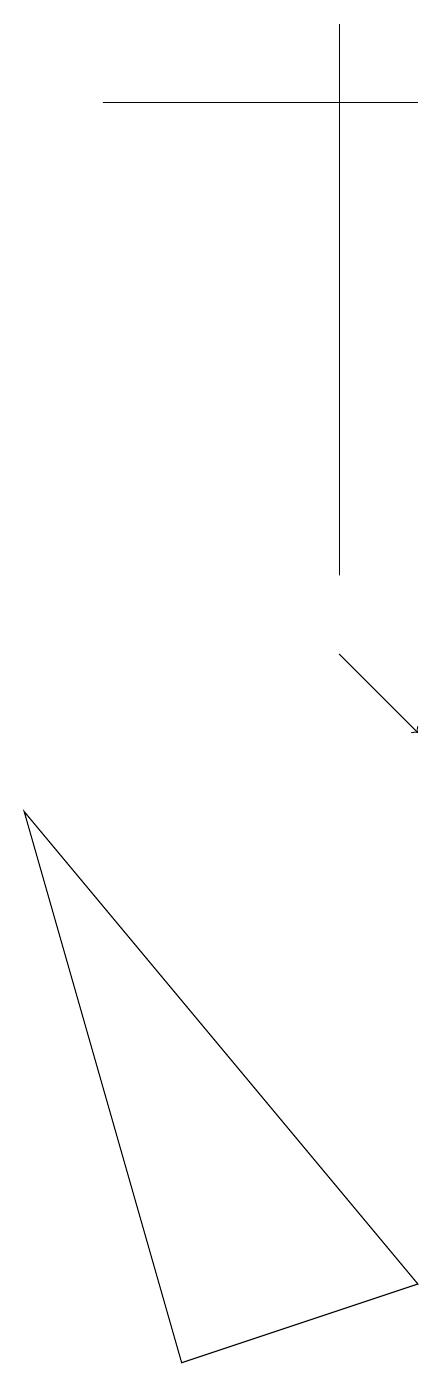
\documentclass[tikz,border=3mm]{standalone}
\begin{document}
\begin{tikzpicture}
\draw[->] (5,11) -- (6,10);
\draw (6,3) -- (1,9) -- (3,2) -- cycle;
\draw (5,19) rectangle (5,12);
\draw (6,18) rectangle (2,18);
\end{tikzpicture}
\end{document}